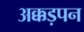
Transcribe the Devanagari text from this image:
अक्कड़पन